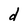
Character: d